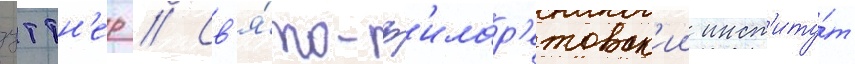
зуттн'ер // Св'я́то-ф'илар'етовск'ии инст'иту́т